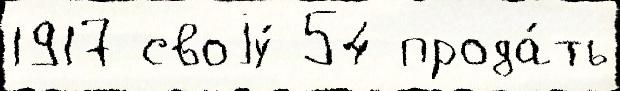
1917 своjу́ 54 прода́ть